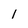
Character: 1